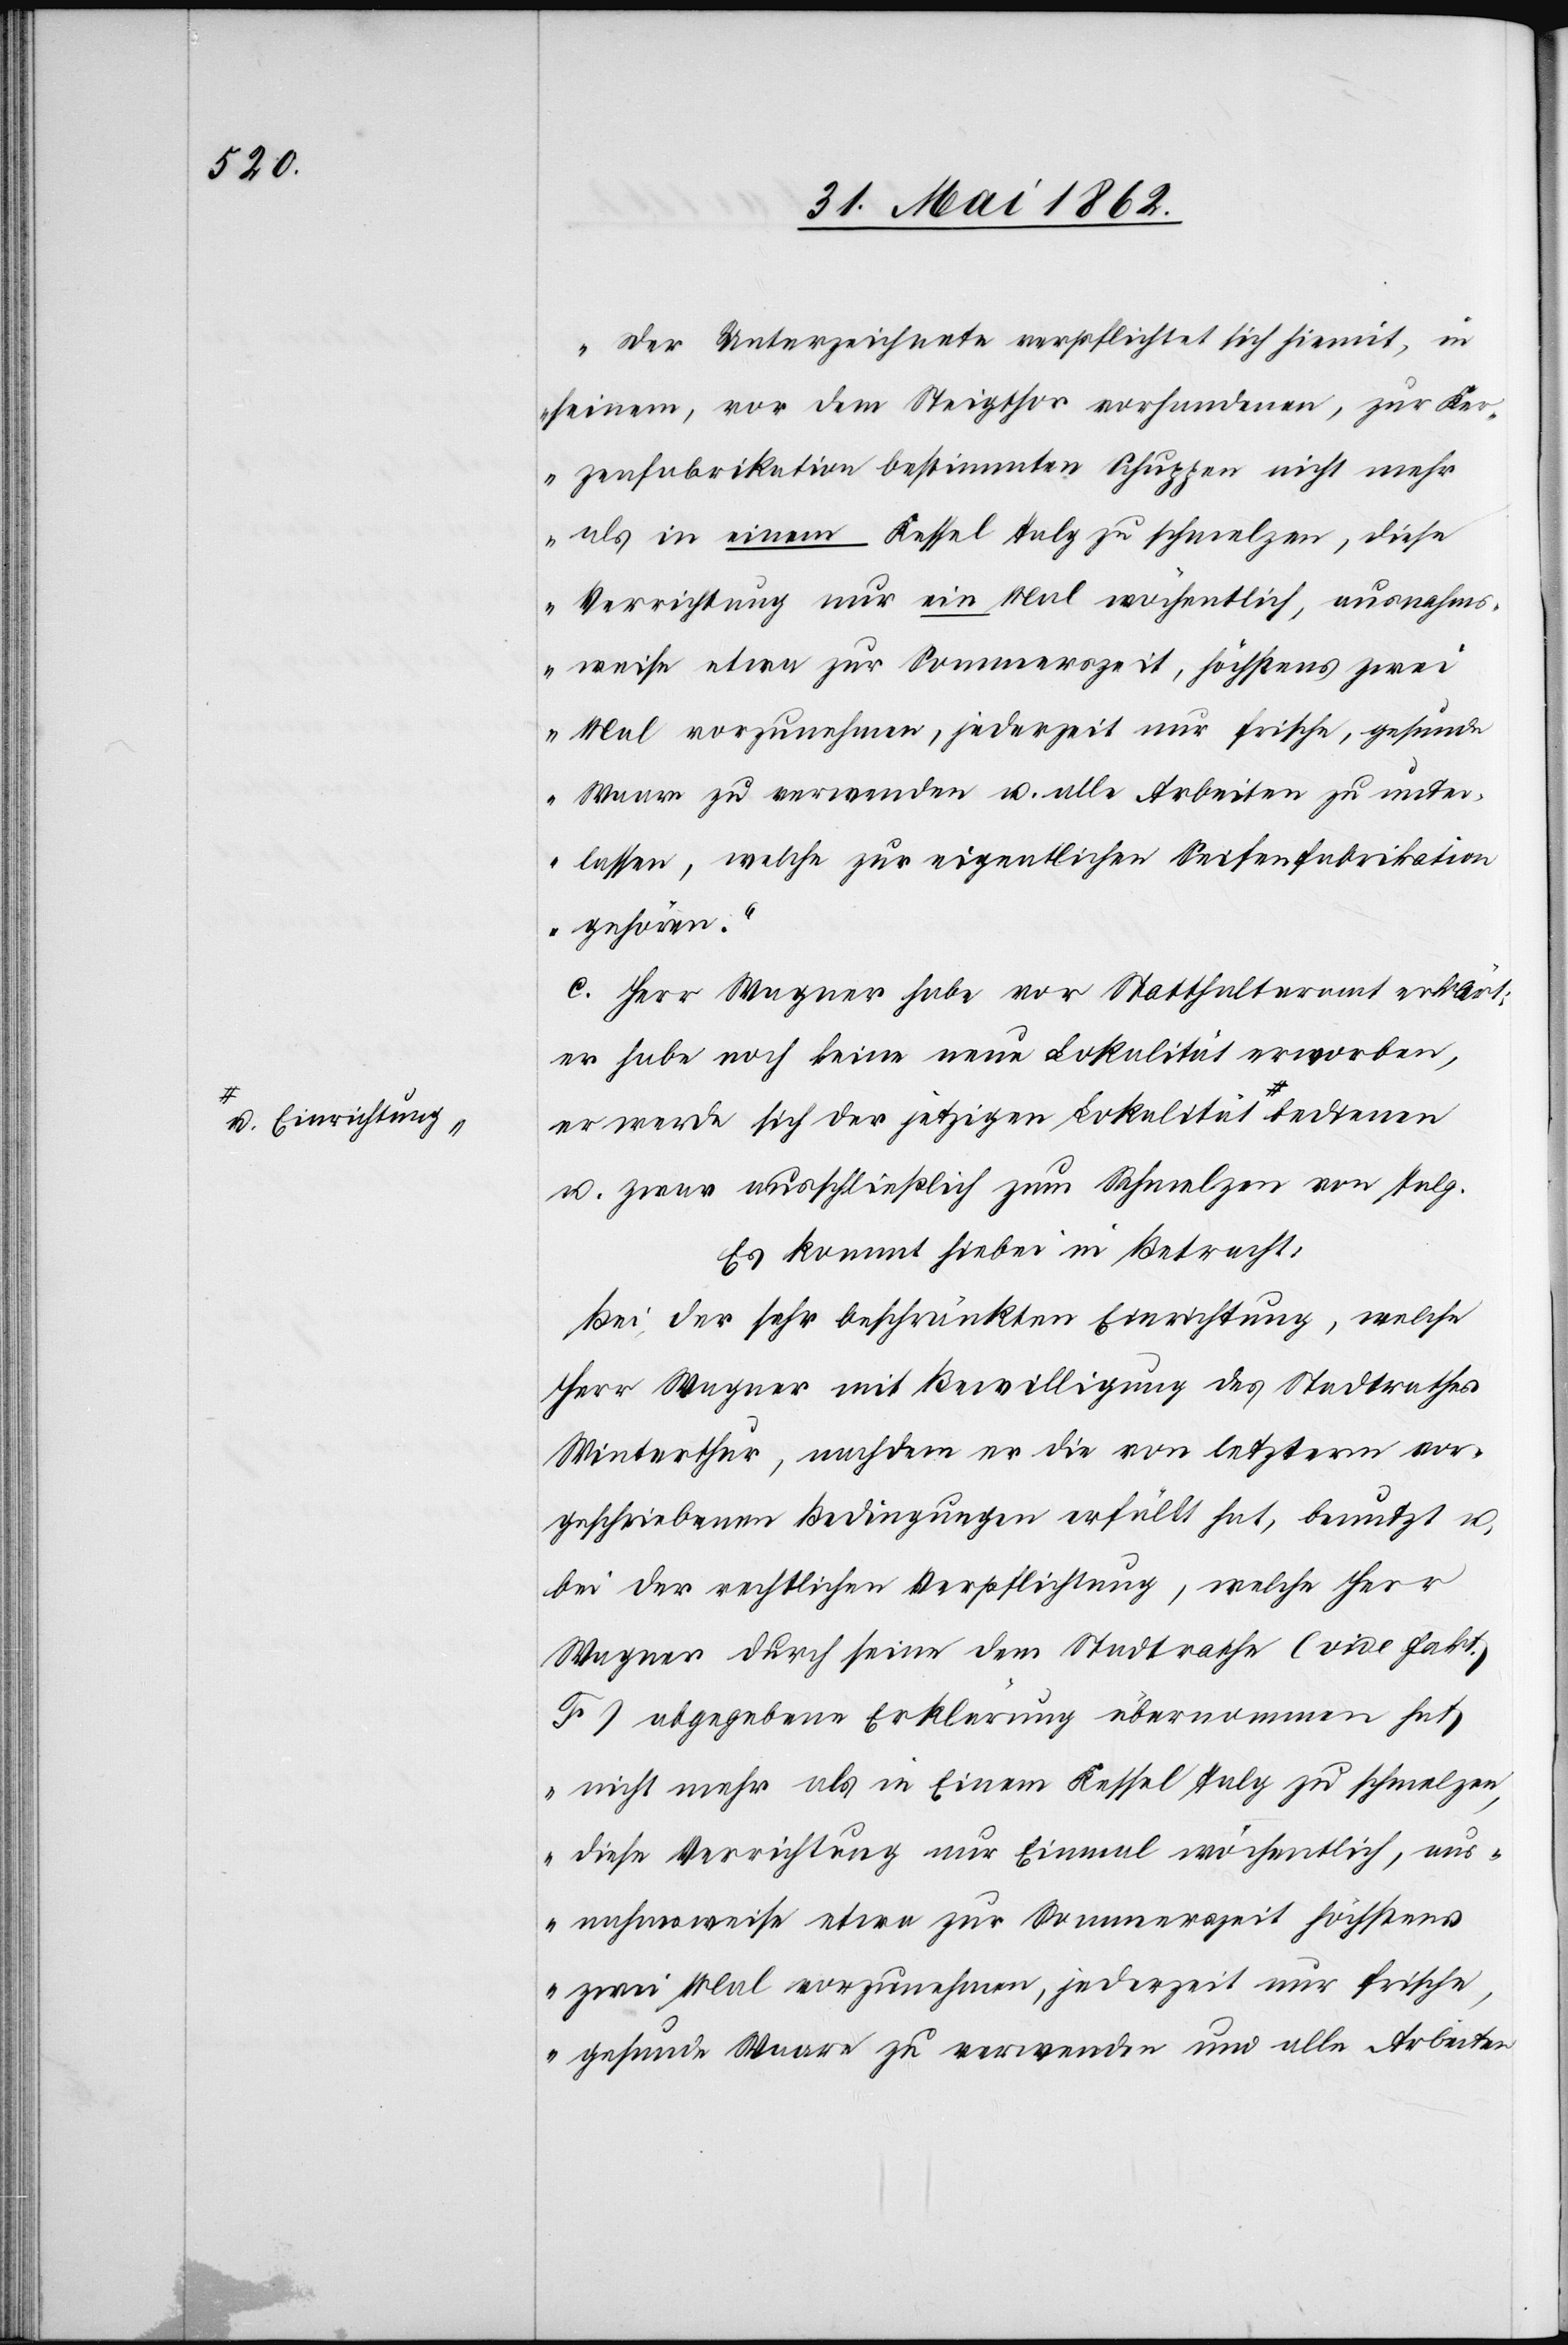
„Der Unterzeichnete verpflichtet sich hiemit, in
seinem, vor dem Steigthor vorhandenen, zur Ker¬
zenfabrikation bestimmten Schuppen nicht mehr
als in einem Kessel Talg zu schmelzen, diese
Verrichtungen nur ein Mal wöchentlich, ausnahms¬
weise etwa zur Sommerszeit, höchstens zwei
Mal vorzunehmen, jederzeit nur frische, gesunde
Waare zu verwenden u. alle Arbeiten zu unter¬
lassen, welche zur eigentlichen Seifenfabrikation
gehören.“
c. Herr Wagner habe vor Statthalteramt erklärt:
er habe noch keine neue Lokalität erworben,
er werde sich der jetzigen Lokalität a-u.
u. zwar ausschließlich zum Schmelzen von Talg.
Es kommt hiebei in Betracht:
Bei der sehr beschränkten Einrichtung, welche
Herr Wagner mit Bewilligung des Stadtrathes
Winterthur, nachdem er die von letzterm vor¬
geschriebenen Bedingungen erfüllt hat, benutzt u.
bei der rechtlichen Verpflichtung, welche Herr
Wagner durch seine dem Stadtrathe (vide fakt.
F) abgegebene Erklärung übernommen hat
„nicht mehr als in Einem Kessel Talg zu schmelzen,
diese Verrichtung nur Einmal wöchentlich, aus¬
nahmsweise etwa zur Sommerszeit höchstens
zwei Mal vorzunehmen, jederzeit nur frische,
gesunde Waare zu verwenden und alle Arbeiten